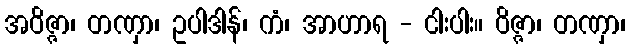
အဝိဇ္ဇာ၊ တဏှာ၊ ဥပါဒါန်၊ ကံ၊ အာဟာရ - ငါးပါး။ ဝိဇ္ဇာ၊ တဏှာ၊